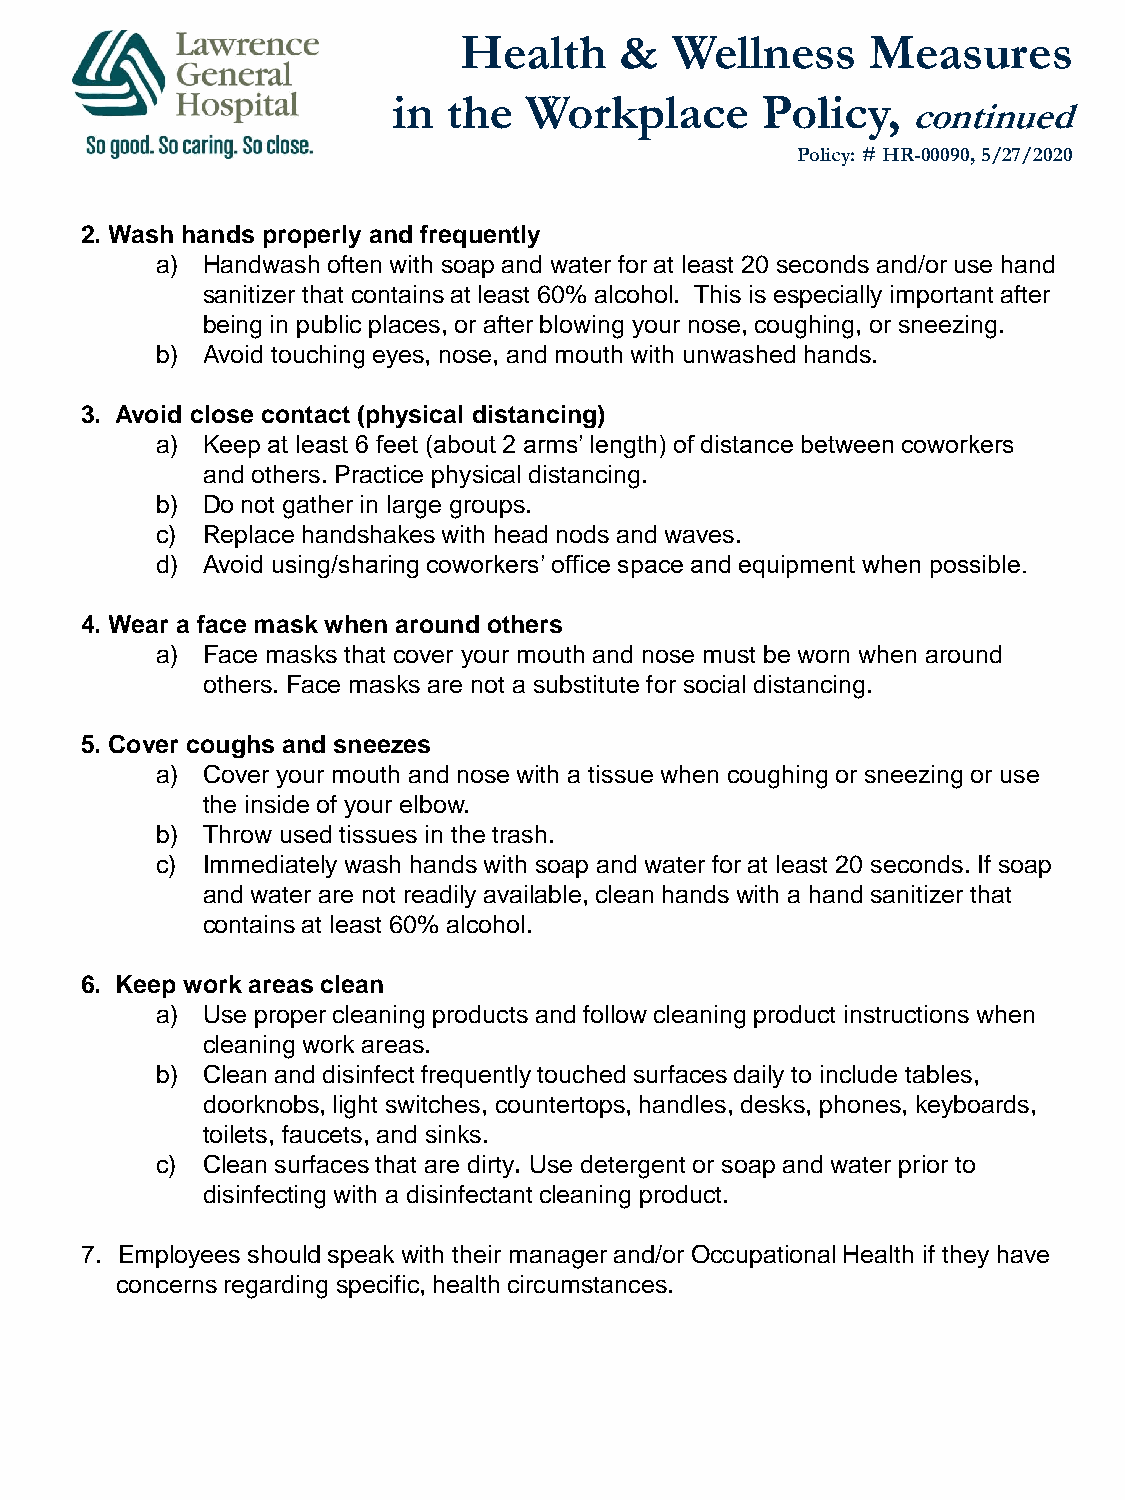
Health     &   Wellness     Measures
 in  the  Workplace      Policy,
 continued
 Policy: # HR-00090, 5/27/2020
 2. Wash hands properly and frequently
 a) Handwash often with soap and water for at least 20 seconds and/or use hand
 sanitizer that contains at least 60% alcohol. This is especially important after
 being in public places, or after blowing your nose, coughing, or sneezing.
 b) Avoid touching eyes, nose, and mouth with unwashed hands.
 3. Avoid close contact (physical distancing)
 a) Keep at least 6 feet (about 2 arms’ length) of distance between coworkers
 and others. Practice physical distancing.
 b) Do not gather in large groups.
 c) Replace handshakes with head nods and waves.
 d) Avoid using/sharing coworkers’ office space and equipment when possible.
 4. Wear a face mask when around others
 a) Face masks that cover your mouth and nose must be worn when around
 others. Face masks are not a substitute for social distancing.
 5. Cover coughs and sneezes
 a) Cover your mouth and nose with a tissue when coughing or sneezing or use
 the inside of your elbow.
 b) Throw used tissues in the trash.
 c) Immediately wash hands with soap and water for at least 20 seconds. If soap
 and water are not readily available, clean hands with a hand sanitizer that
 contains at least 60% alcohol.
 6. Keep work areas clean
 a) Use proper cleaning products and follow cleaning product instructions when
 cleaning work areas.
 b) Clean and disinfect frequently touched surfaces daily to include tables,
 doorknobs, light switches, countertops, handles, desks, phones, keyboards,
 toilets, faucets, and sinks.
 c) Clean surfaces that are dirty. Use detergent or soap and water prior to
 disinfecting with a disinfectant cleaning product.
 7. Employees should speak with their manager and/or Occupational Health if they have
 concerns regarding specific, health circumstances.